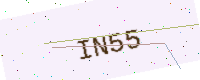
Text: IN55